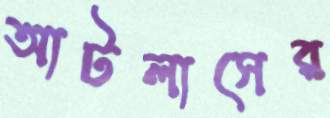
আটলাসের